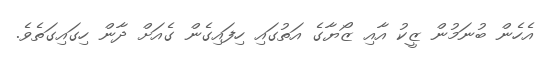
އެހެން ބުނަމުން ޒީކު އާއި ޒޯޔާގެ އަތުގައި ހިފައިގެން ގެއަށް ދާން ހިގައިގަތެވެ.